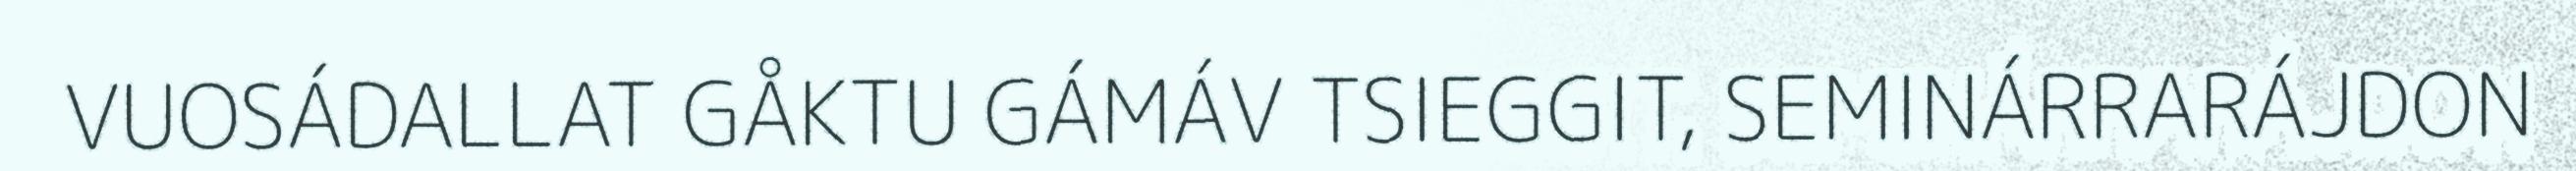
VUOSÁDALLAT GÅKTU GÁMÁV TSIEGGIT, SEMINÁRRARÁJDON